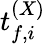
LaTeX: t_{f,i}^{(X)}